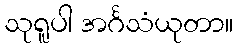
သုရူပါ အင်္ဂသံယုတာ။